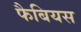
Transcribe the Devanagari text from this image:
फैबियस